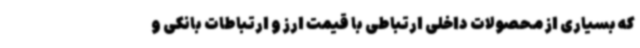
که بسیاری از محصولات داخلی ارتباطی با قیمت ارز و ارتباطات بانکی و